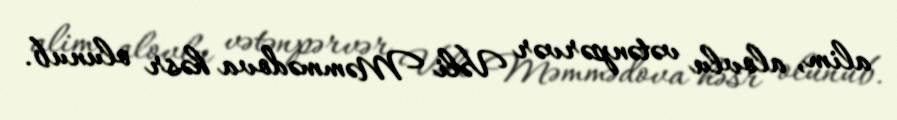
alim, alovlu vətənpərvər Vəli Məmmədova həsr olunub.